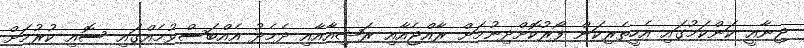
ޖިނާއީ ކަންކަމުގައި އެހީތެރިކަން ފޯރުކޮށްދިނުމަށް ރާއްޖެއާއި ރަޝިއާއާއި ދެމެދު އެއްބަސްވުމެއްގައި ސޮއި ކުރުމަށް